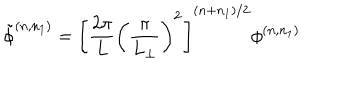
\tilde { \phi } ^ { ( n , n _ { 1 } ) } = \left[ \frac { 2 \pi } { L } \left( \frac { \pi } { L _ { \perp } } \right) ^ { 2 } \right] ^ { ( n + n _ { 1 } ) / 2 } \phi ^ { ( n , n _ { 1 } ) }